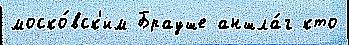
моско́вск'им Брауше аншла́г кто